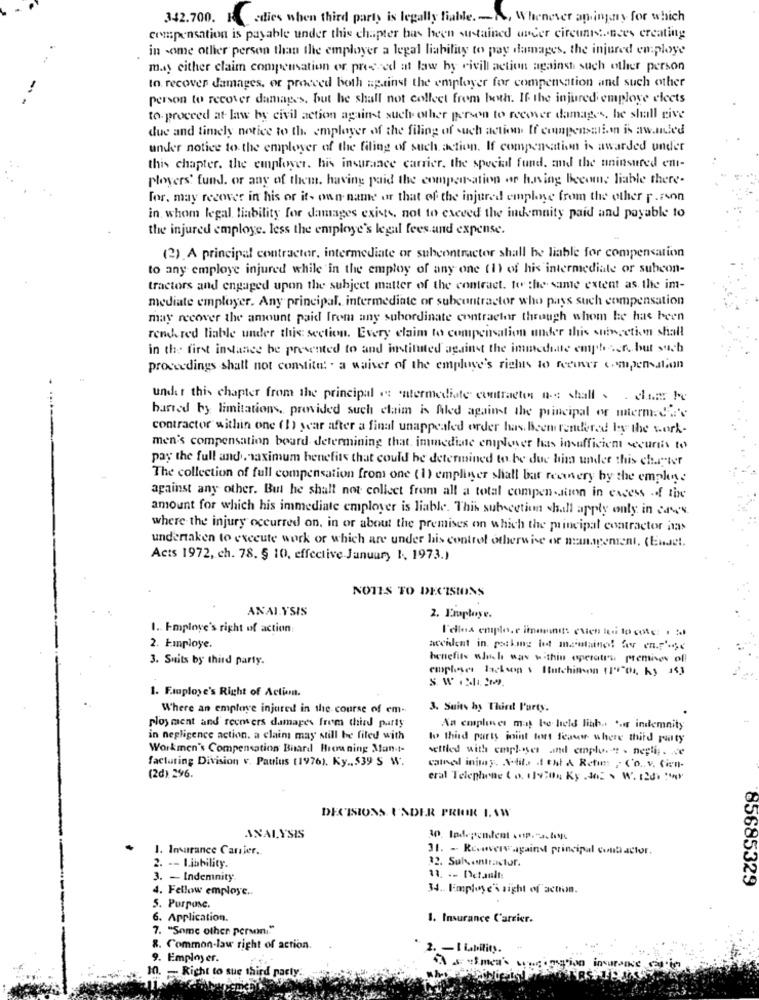
342.700. F. dies when third party is legally fiable. - A, Whenever aninjury for which
compensation is payable under this chapter bas heen sustained under circunstances creating
in some other person than the employer a legal liability to pay damages, the injured en:ploye
may either claim compensation or pressed at law by rivill action against such other person
to recover damages, or proceed both spatinst the employer for compensation and such other
person to recover damages, but he shall not collect frem both. If the injured employe elects
to. proceed at law by civil action against such other person to recover damages, he shall rive
due and timely notice to the employer of the filing of such action If compensation is aw.led
under notice to the employer of the filing of such action. If compensation is awarded under
this chapter. the employer. his insurance carrier, the special fund, and the uninsured ent-
players' fund. or any of them, having paid the compensation or having Become liable there-
for. may recover in his or its own name or that of the injured emplne from the other r.rson
in whom legal, liability for damages exists, not to exceed the indemnity paid and payable to
the injured employe. less the employe's legal fees and expense.
(2). A principal contractor, intermediate or subcontractor shall be liable for compensation
to any employe injured while in the employ of any one (1) of his intermediate or subcon-
tractors and engaged upon the subject matter of the contract. to the same extent as. the im-
mediate employer. Any principal. intermediate or subcontractor who pays such compensation
may recover the amount paid frem any subordinate contracter through whom he has been
rench red liable under this section. Every claim to compensation under this subecetion shall
in the first instance be presented to and instituted against the immediate empbeen, but such
proceedings shall not constitu: . a waiver of the employe's rights to feeiner compensation
under this chapter from the principal es entermediate contracter ne shall . . dan Fe
hasted by limitations, provided such claim is filed against the principal or miermed d'e
contractor within one (1) year after a final unappealed order has Been rendered by the work-
men's compensation board determining that immediate eniplover has insufficient secunis to
pay the full and . maximum benefits that could be determined to be due him under this charter
The collection of full compensation from one (1) emplinger shall bar reowery by the emphone
against any other. But he shall not collect from all a total compension in excess of the
amount for which his immediate employer is liable. This subsection shall apply only in cases.
where the injury occurred on, in or about the premises on which the principal contractor has
undertaken to execute work or which are under his control otherwise or management, (Endet.
Acts 1972, ch. 78. § 10, effective January 1, 1973.)
NOTES TO DECISIONS
ANALYSIS
2. Employe.
1. Employe's right of action:
l'elles emplo, r immunits chien is to cote: . :
2. Employe.
accident in parking lot maintained! for en.p' ., e
3. Suits by third party.
benefits sluch was within operatru premises ofl
1. Fmuploye's Right of Action.
Where an employe injured in the course of em-
3. Suits by Thiedt P'urty.
ploy ment and recovers damages from third party
An emplenes may be held lith. .. er indemnity
in negligence action. a claim may still be filed with
to third party joint tort feauw where third party
Workmen's Compensation Board Hroma ning Man.t-
selfled with empl-ses and emplo .- "? . neplig. . ve
facturing Division v. Paulus (1976). Ky ., $39 5 W.
catnal inimay. Sito 4 thl & Retim , Co. v. Cien-
(2d) 296.
eral Telephone (0. 11920N Ky 402 . W. 120.
DECISIONS UNDER PRIOR LAW
ANALYSIS
30 Independent
1. Imarance Carrier.
31. - Re-usewwagainst principal contactor.
32. Sulcontractor.
2. -- Liability.
3. - Indemnity
11. .. Detanlt:
85685329
4. Fellow employe ..
34. Employe's sight of action.
5. Purpose.
6. Application.
1. Insurance Carrier.
7. "Some other person."
8. Common-law right of action.
2. - I iability.
9. Employer.
10. - Right to sue third party ..